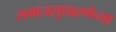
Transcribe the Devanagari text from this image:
समाजसुधारणेच्या